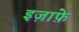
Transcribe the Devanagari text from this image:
इज़ाफ़े